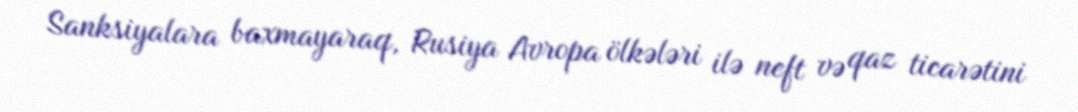
Sanksiyalara baxmayaraq, Rusiya Avropa ölkələri ilə neft və qaz ticarətini